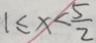
1 \leq x < \frac { 5 } { 2 }